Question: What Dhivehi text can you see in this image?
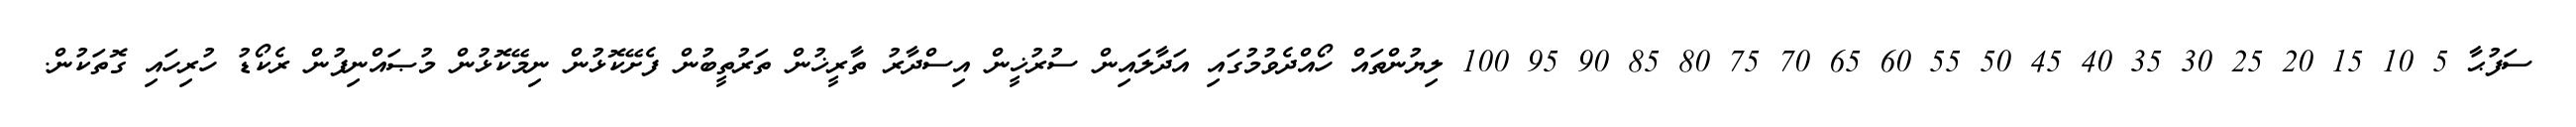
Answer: ސަފުޙާ 5 10 15 20 25 30 35 40 45 50 55 60 65 70 75 80 85 90 95 100 ލިޔުންތައް ހޯއްދެވުމުގައި އަދާލައިން ސުރުޚީން އިސްދާރު ތާރީޚުން ތަރުތީބުން ފެށޭކޮޅުން ނިމޭކޮޅުން މުޞައްނިފުން ރެކޯޑު ހުރިހައި ގޮތަކުން.